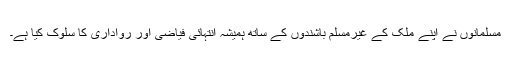
مسلمانوں نے اپنے ملک کے غیرمسلم باشندوں کے ساتھ ہمیشہ انتہائی فیاضی اور رواداری کا سلوک کیا ہے۔